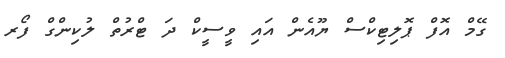
ގޭމް އޮފް ޕޮލިޓިކްސް ޔޫއެން އައި ވީސީކް ދަ ޓްރުތް ލުކިންގް ފޯރ